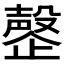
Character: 𬆍